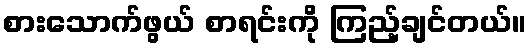
စားသောက်ဖွယ် စာရင်းကို ကြည့်ချင်တယ်။